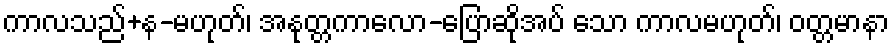
ကာလသည်+န-မဟုတ်၊ အနုတ္တကာလော-ပြောဆိုအပ် သော ကာလမဟုတ်၊ ဝတ္တမာနာ